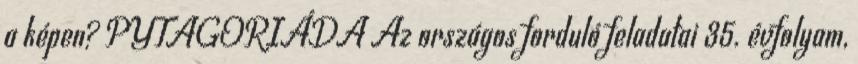
a képen? PYTAGORIÁDA Az országos forduló feladatai 35. évfolyam,